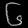
Digit: ၆